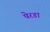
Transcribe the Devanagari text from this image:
पेरडा